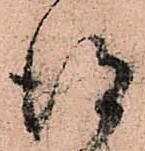
得